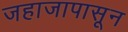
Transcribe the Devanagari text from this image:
जहाजापासून